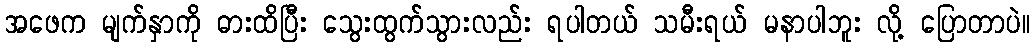
အဖေက မျက်နှာကို ဓားထိပြီး သွေးထွက်သွားလည်း ရပါတယ် သမီးရယ် မနာပါဘူး လို့ ပြောတာပဲ။